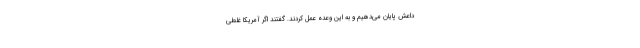
داعش پایان می‌دهیم و به این وعده عمل کردند. گفتند اگر آمریکا غلطی